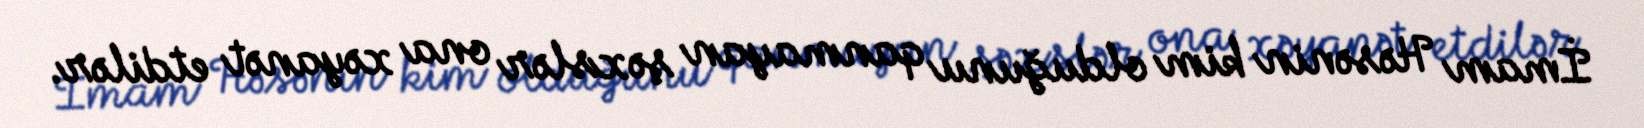
İmam Həsənin kim olduğunu qanmayan şəxslər ona xəyanət etdilər.